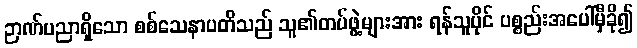
ဉာဏ်ပညာရှိသော စစ်သေနာပတိသည် သူ၏တပ်ဖွဲ့များအား ရန်သူပိုင် ပစ္စည်းအပေါ်မှီခို၍